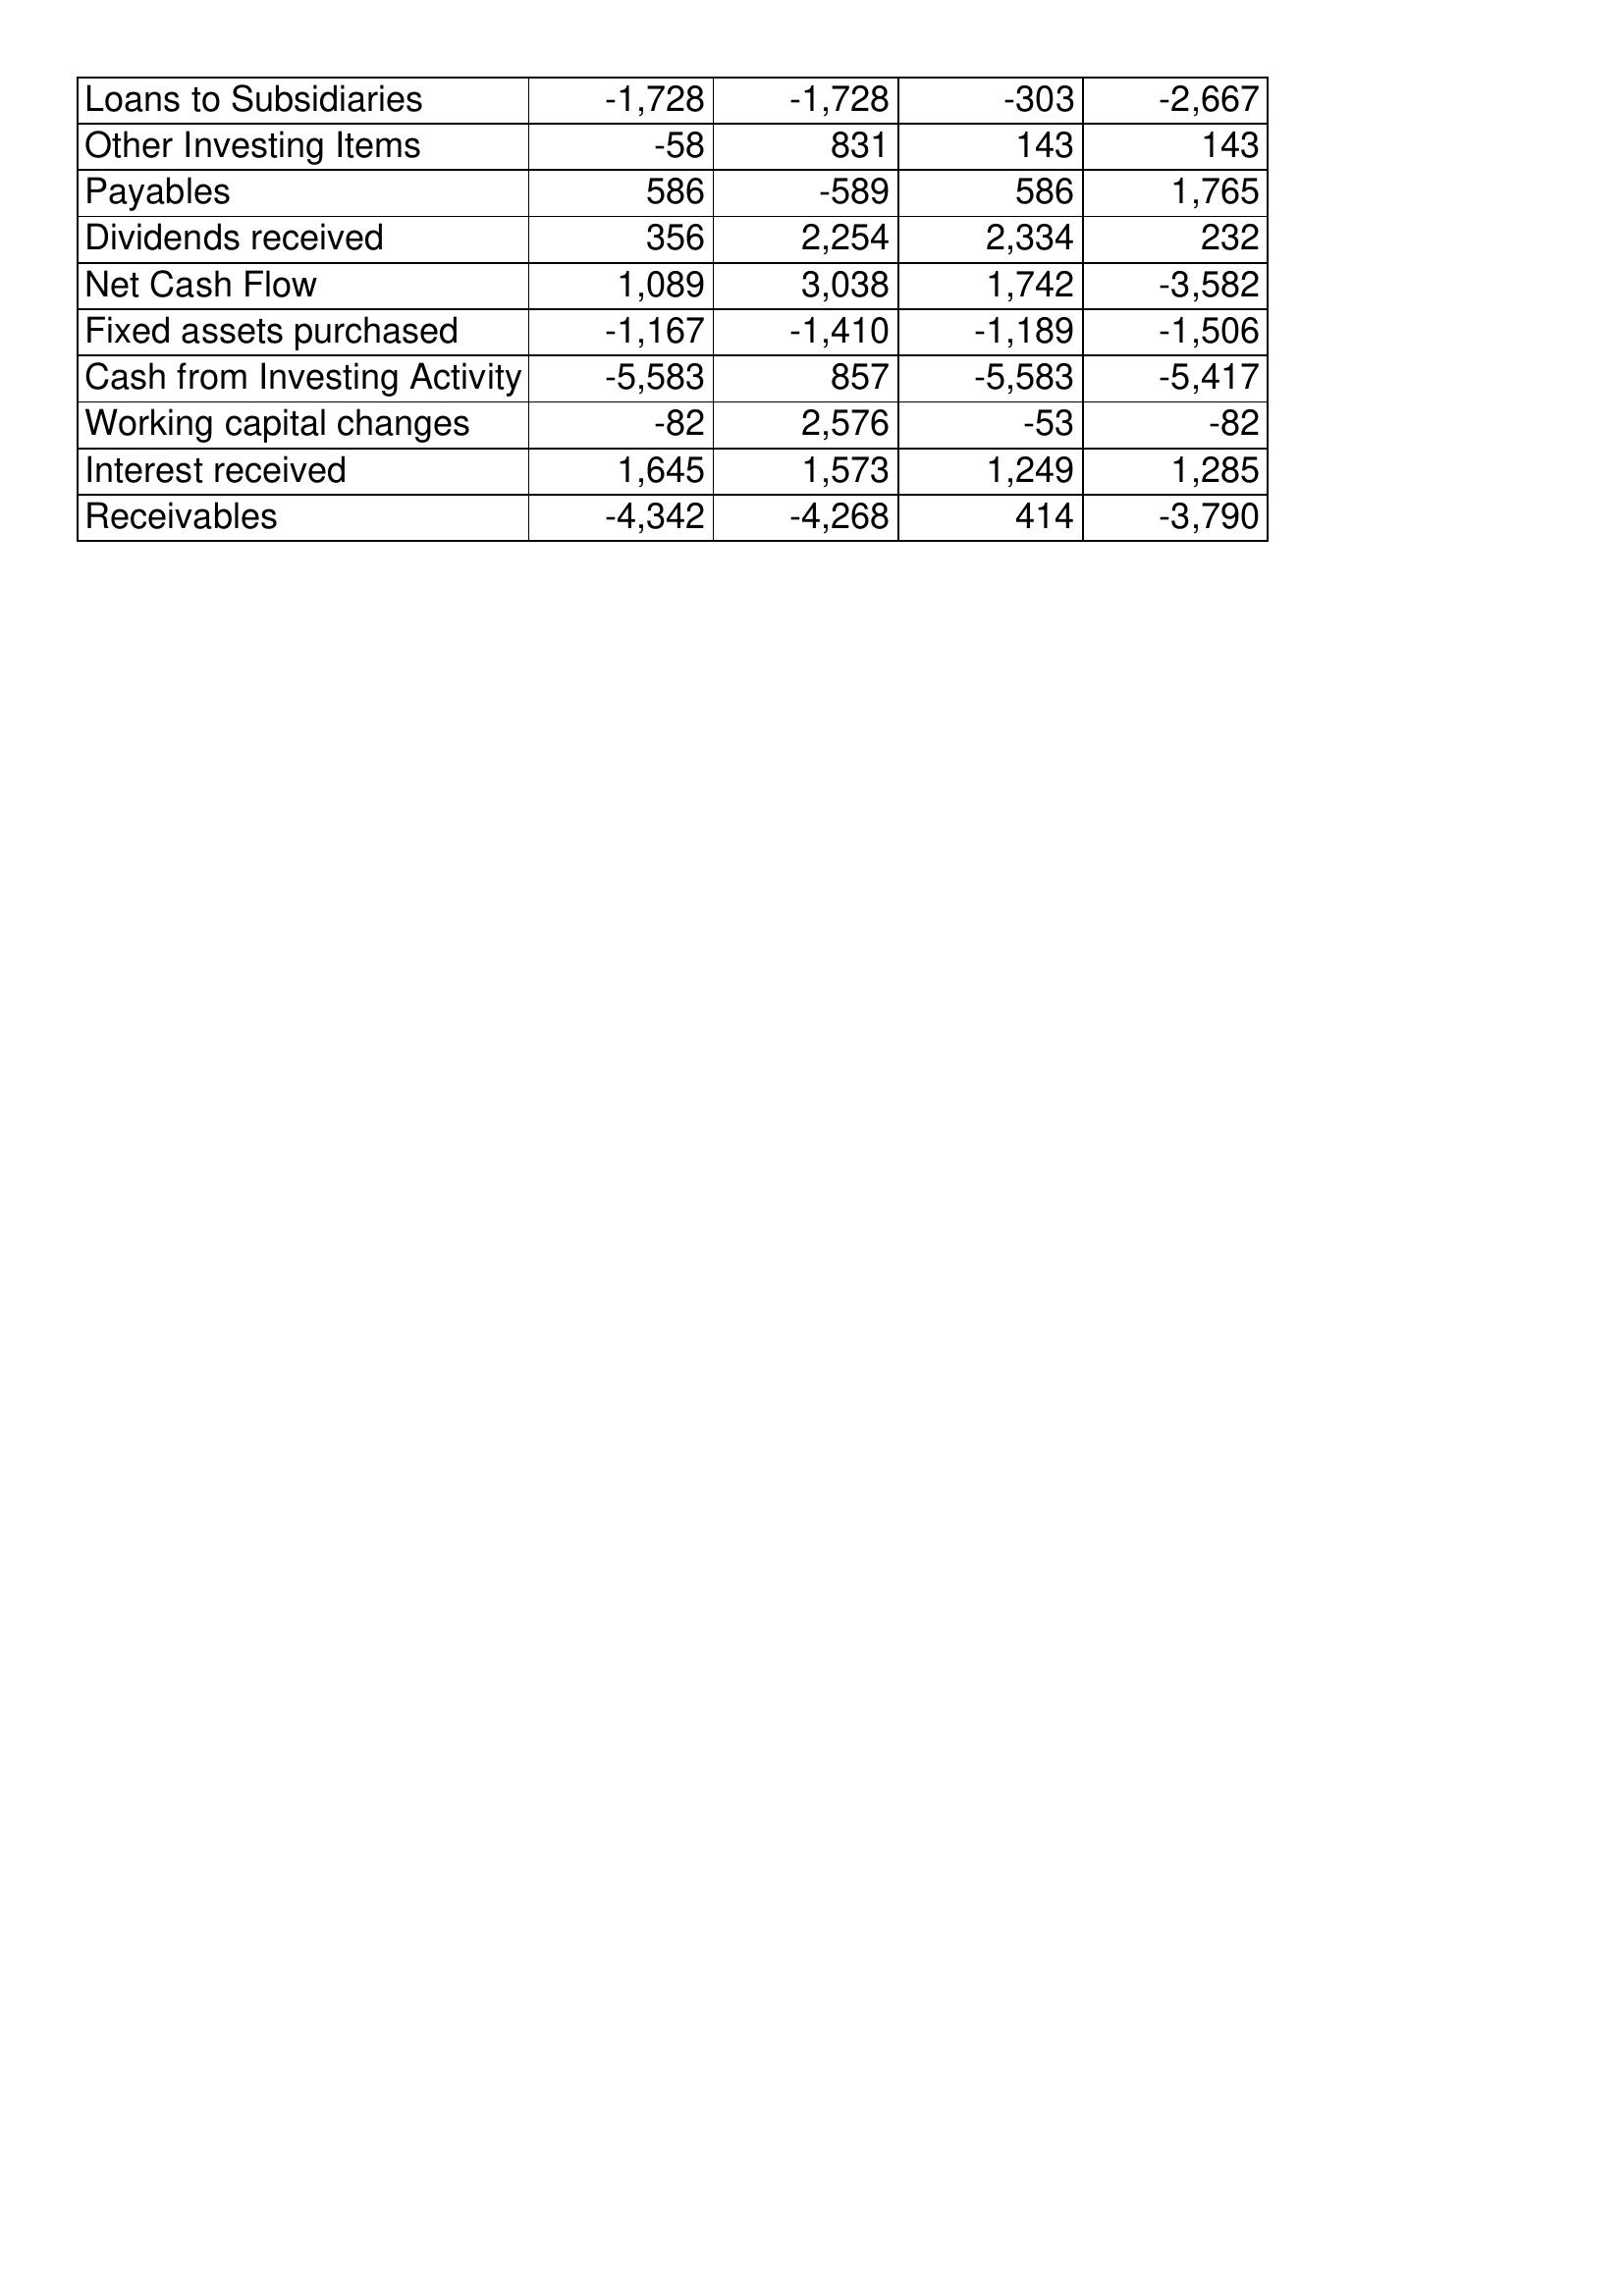
May-18: Cash Flows: Loans to Subsidiaries: -1,728
Other Investing Items: -58
Payables: 586
Dividends received: 356
Net Cash Flow: 1,089
Fixed assets purchased: -1,167
Cash from Investing Activity: -5,583
Working capital changes: -82
Interest received: 1,645
Receivables: -4,342
May-17: Cash Flows: Loans to Subsidiaries: -1,728
Other Investing Items: 831
Payables: -589
Dividends received: 2,254
Net Cash Flow: 3,038
Fixed assets purchased: -1,410
Cash from Investing Activity: 857
Working capital changes: 2,576
Interest received: 1,573
Receivables: -4,268
May-16: Cash Flows: Loans to Subsidiaries: -303
Other Investing Items: 143
Payables: 586
Dividends received: 2,334
Net Cash Flow: 1,742
Fixed assets purchased: -1,189
Cash from Investing Activity: -5,583
Working capital changes: -53
Interest received: 1,249
Receivables: 414
May-15: Cash Flows: Loans to Subsidiaries: -2,667
Other Investing Items: 143
Payables: 1,765
Dividends received: 232
Net Cash Flow: -3,582
Fixed assets purchased: -1,506
Cash from Investing Activity: -5,417
Working capital changes: -82
Interest received: 1,285
Receivables: -3,790